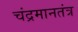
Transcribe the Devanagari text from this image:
चंद्रमानतंत्र